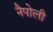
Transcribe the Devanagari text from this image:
नैपोली